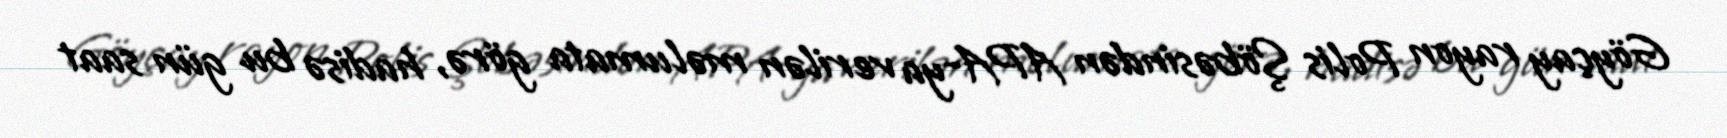
Göyçay rayon Polis Şöbəsindən APA-ya verilən məlumata görə, hadisə bu gün saat